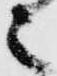
之